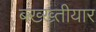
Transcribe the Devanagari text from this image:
बख्ख्तीयार